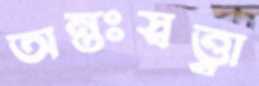
অন্তঃস্বত্ত্বা